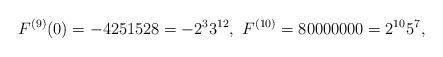
LaTeX: \begin{align*}F^{(9)}(0)=-4251528=-2^{3}3^{12},\ F^{(10)}=80000000=2^{10}5^{7},\end{align*}